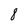
Character: 8